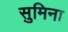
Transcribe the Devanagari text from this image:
सुमिना